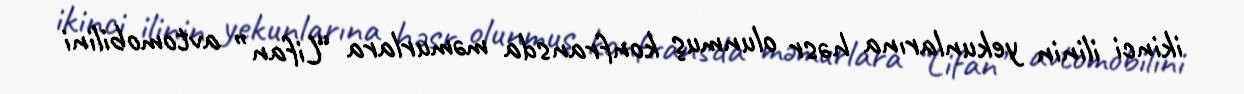
ikinci ilinin yekunlarına həsr olunmuş konfransda məmurlara “Lifan” avtomobilini